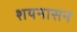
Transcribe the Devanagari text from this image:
शयनासन